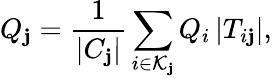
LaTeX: Q_{\mathbf{j}}=\frac{{1}}{{|C_{\mathbf{j}}|}}\sum_{i\in\mathcal{{K}}_{\mathbf{j}}}Q_{i}\, |T_{i\mathbf{j}}|,